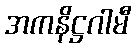
အကနိဋ္ဌဂါမီ